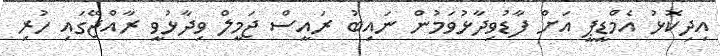
އިދިކޮޅު އެމްޑީޕީ އަށް ފާޑުވިދާޅުވަމުން ނައިބު ރައީސް ޖަމީލް ވިދާޅުވީ ރާއްޖޭގައި ހުރި